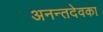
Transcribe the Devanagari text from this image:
अनन्तदेवका